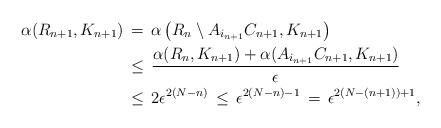
LaTeX: \begin{align*}\alpha(R_{n+1},K_{n+1}) \,&= \, \alpha\left(R_{n}\setminus A_{i_{n+1}}C_{n+1},K_{n+1}\right)\\&\leq \, \frac{\alpha(R_{n},K_{n+1})+\alpha(A_{i_{n+1}}C_{n+1},K_{n+1})}{\epsilon}\\&\leq \, 2\epsilon^{2(N-n)}\, \leq \, \epsilon^{2(N-n)-1}\, = \, \epsilon^{2(N-(n+1))+1} ,\end{align*}